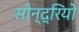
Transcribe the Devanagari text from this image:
सोन्द्रियो